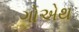
ગોએથ